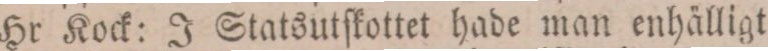
Hr. Kock: J Statsutſkottet hade man enhälligt